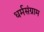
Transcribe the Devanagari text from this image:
धर्मसंग्राम